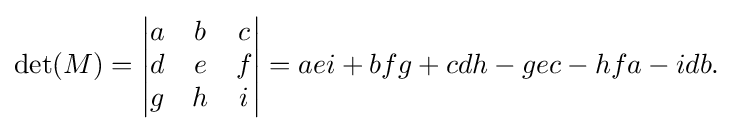
{\begin{aligned}\det(M)={\begin{vmatrix}a&b&c\\d&e&f\\g&h&i\end{vmatrix}}=aei+bfg+cdh-gec-hfa-idb.\end{aligned}}